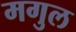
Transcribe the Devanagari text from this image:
मगुल